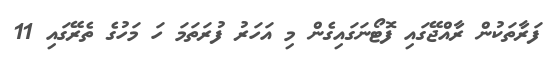
ފަރާތަކުން ރާއްޖޭގައި ފޮޓޯނަގައިގެން މި އަހަރު ފުރަތަމަ ހަ މަހުގެ ތެރޭގައި 11